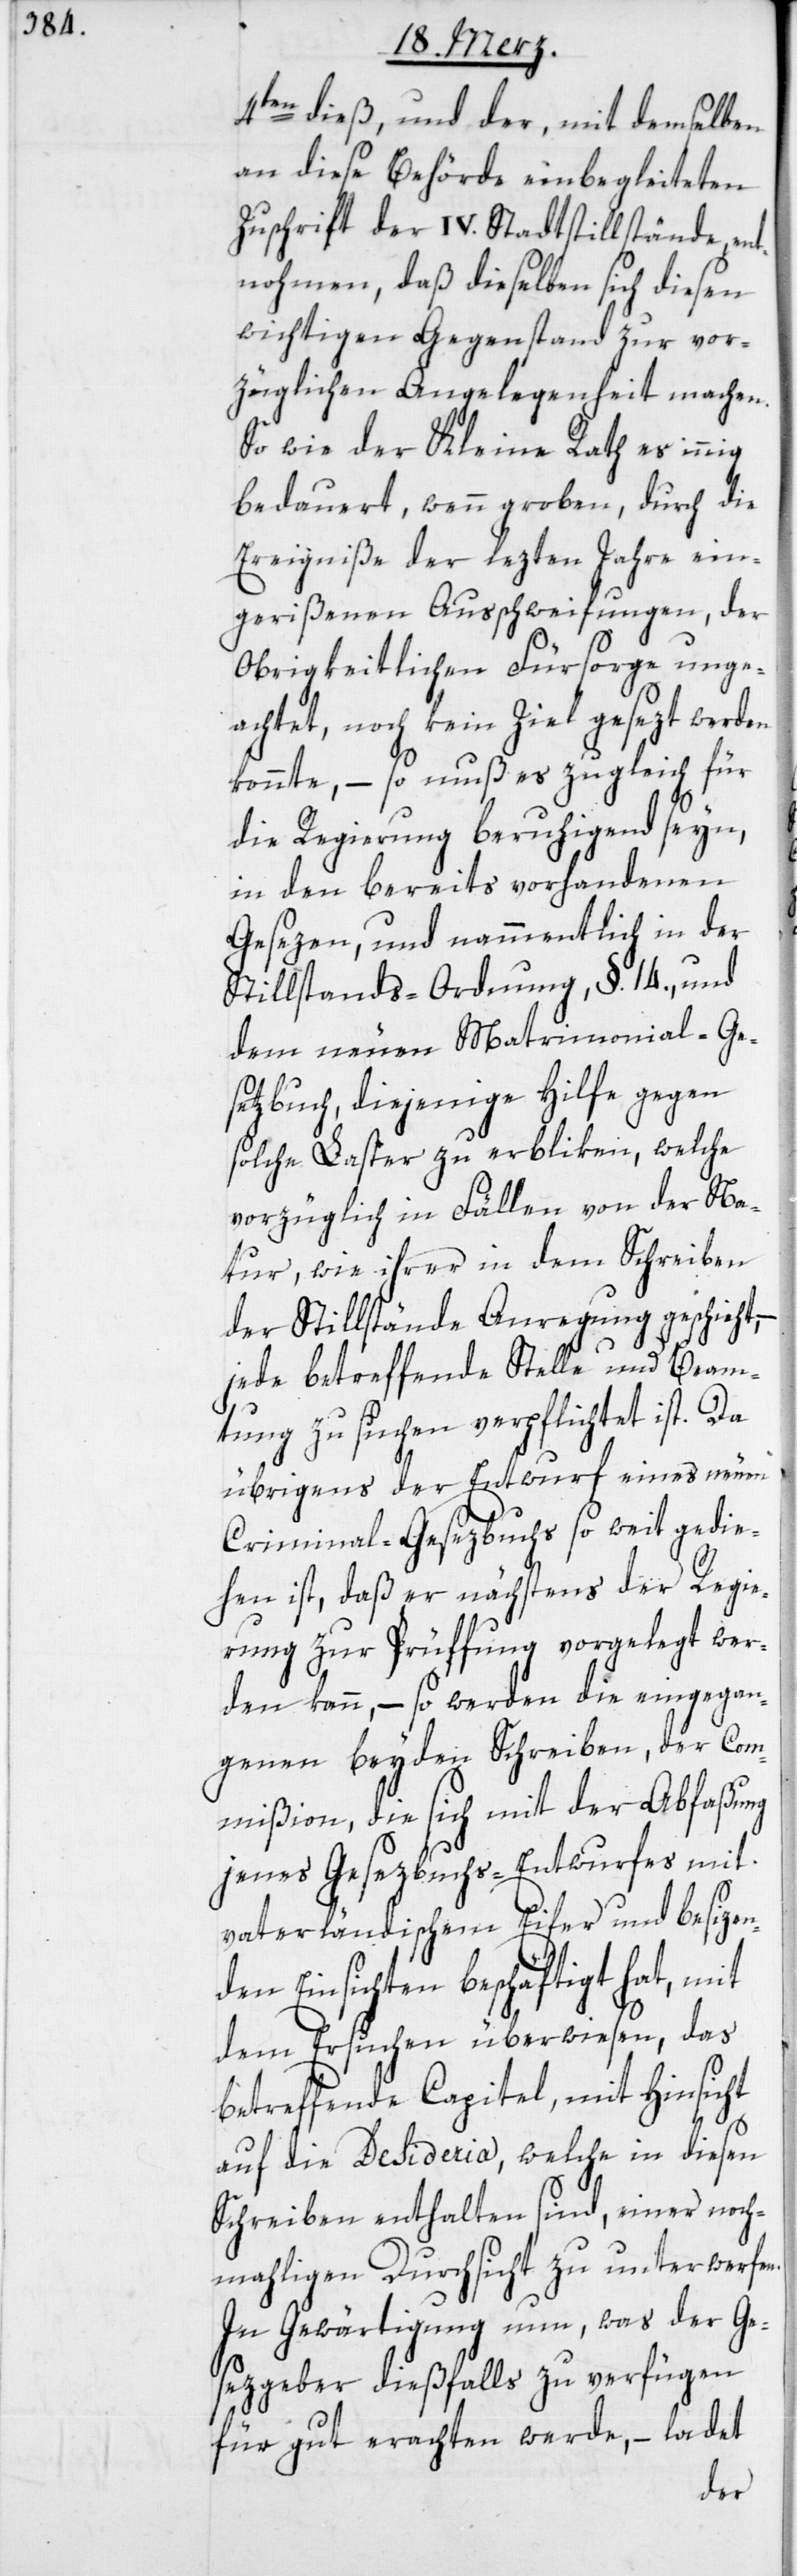
4ten dieß, und der, mit demselben
an diese Behörde einbegleiteten
Zuschrift der IV. Stadtstillstände, en¬
tnohmen, daß dieselben sich diesen
wichtigen Gegenstand zur vor¬
züglichen Angelegenheit machen.
So wie der Kleine Rath es innig
bedauert, wenn groben, durch die
Ereigniße der lezten Jahre ein¬
gerißenen Ausschweifungen, der
obrigkeitlichen Fürsorge unge¬
achtet, noch kein Ziel gesezt werden
könnte, – so muß es zugleich für
die Regierung beruhigend seyn,
in den bereits vorhandenen
Gesezen, und nammentlich in der
Stillstands-Ordnung, §. 14., und
dem neuen Matrimonial-Ge¬
setzbuch, diejenige Hilfe gegen
solche Laster zu erbliken, welche
vorzüglich in Fällen von der Na¬
tur, wie ihrer in dem Schreiben
der Stillstände Anregung geschieht,
jede betreffende Stelle und Beam¬
tung zu suchen verpflichtet ist. Da
übrigens der Entwurf eines neuen
Criminal-Gesezbuchs so weit gedie¬
hen ist, daß er nächstens der Regi¬
erung zur Prüffung vorgelegt wer¬
den kann, – so werden die eingegan¬
genen beyden Schreiben, der Com¬
mißion, die sich mit der Abfaßung
jenes Gesezbuchs-Entwurfs mit
vaterländischem Eifer und besizen¬
den Einsichten beschäftigt hat, mit
dem Ersuchen überwiesen, das
betreffende Capitel, mit Hinsicht
auf die Desideria, welche in diesen
Schreiben enthalten sind, einer noch¬
mahligen Durchsicht zu unterwerfen.
In Gewärtigung nun, was der Ge¬
sezgeber dießfalls zu verfügen
für gut erachten werde, – ladet